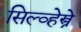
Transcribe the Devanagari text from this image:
सिल्व्हेस्त्रे